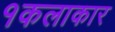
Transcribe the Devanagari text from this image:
१कलाकार